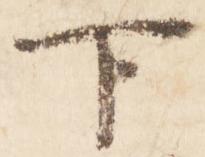
下